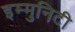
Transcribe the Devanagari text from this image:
इम्मुनिटी